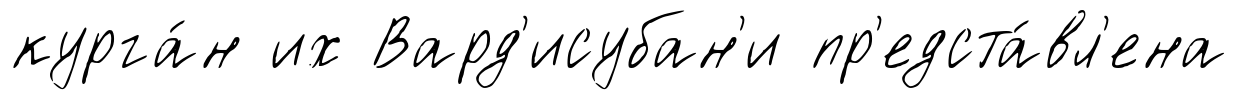
курга́н их Вард'исубан'и пр'едста́вл'ена